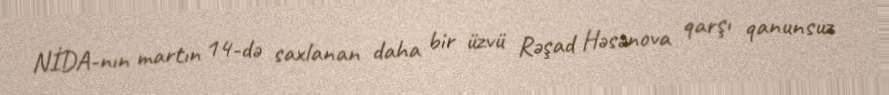
NİDA-nın martın 14-də saxlanan daha bir üzvü Rəşad Həsənova qarşı qanunsuz